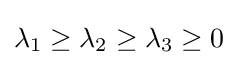
\lambda _{1}\geq \lambda _{2}\geq \lambda _{3}\geq 0